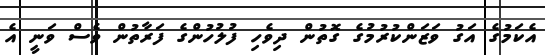
އެކަމުގެ އަގު ވަޒަންކުރުމުގެ ގޮތުން ދިވެހި ފުލުހުންގެ ފަރާތުން ވެސް ވަނީ އެ